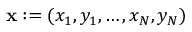
\mathbf x : = ( x _ { 1 } , y _ { 1 } , \dots , x _ { N } , y _ { N } )